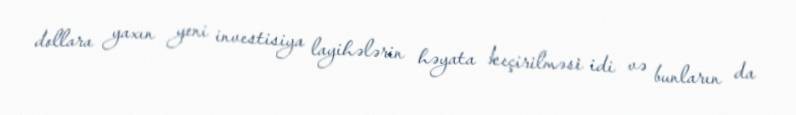
dollara yaxın yeni investisiya layihələrin həyata keçirilməsi idi və bunların da